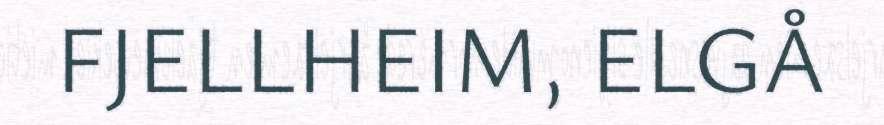
FJELLHEIM, ELGÅ